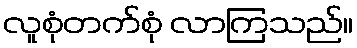
လူစုံတက်စုံ လာကြသည်။